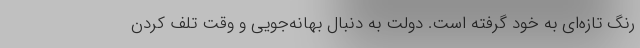
رنگ تازه‌ای به خود گرفته است. دولت به دنبال بهانه‌جویی و وقت تلف کردن